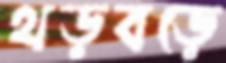
থড়বড়ে